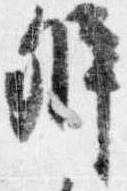
弁